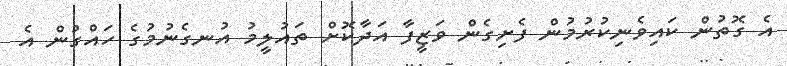
އެ ގޮތުން ކައިވެނިކުރުމުން ފެށިގެން ވަޒީފާ އަދާކޮށް ތައުލީމު އުނގެނުމުގެ ހައްގުން އެ